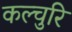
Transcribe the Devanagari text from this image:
कल्चुरि